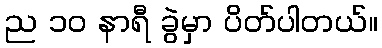
ည ၁၀ နာရီ ခွဲမှာ ပိတ်ပါတယ်။